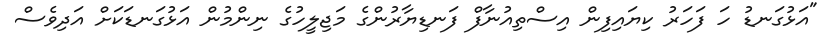
"އަޅުގަނޑު ހަ ފަހަރު ކިޔައިފިން އިސްތިއުނާފް ފަނޑިޔާރުންގެ މަޖިލީހުގެ ނިންމުން އަޅުގަނޑަކަށް އަދިވެސް